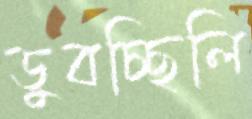
ডুবচ্ছিলি